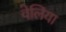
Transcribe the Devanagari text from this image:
वेलिया